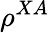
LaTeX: \rho^{XA}